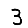
Digit: 3